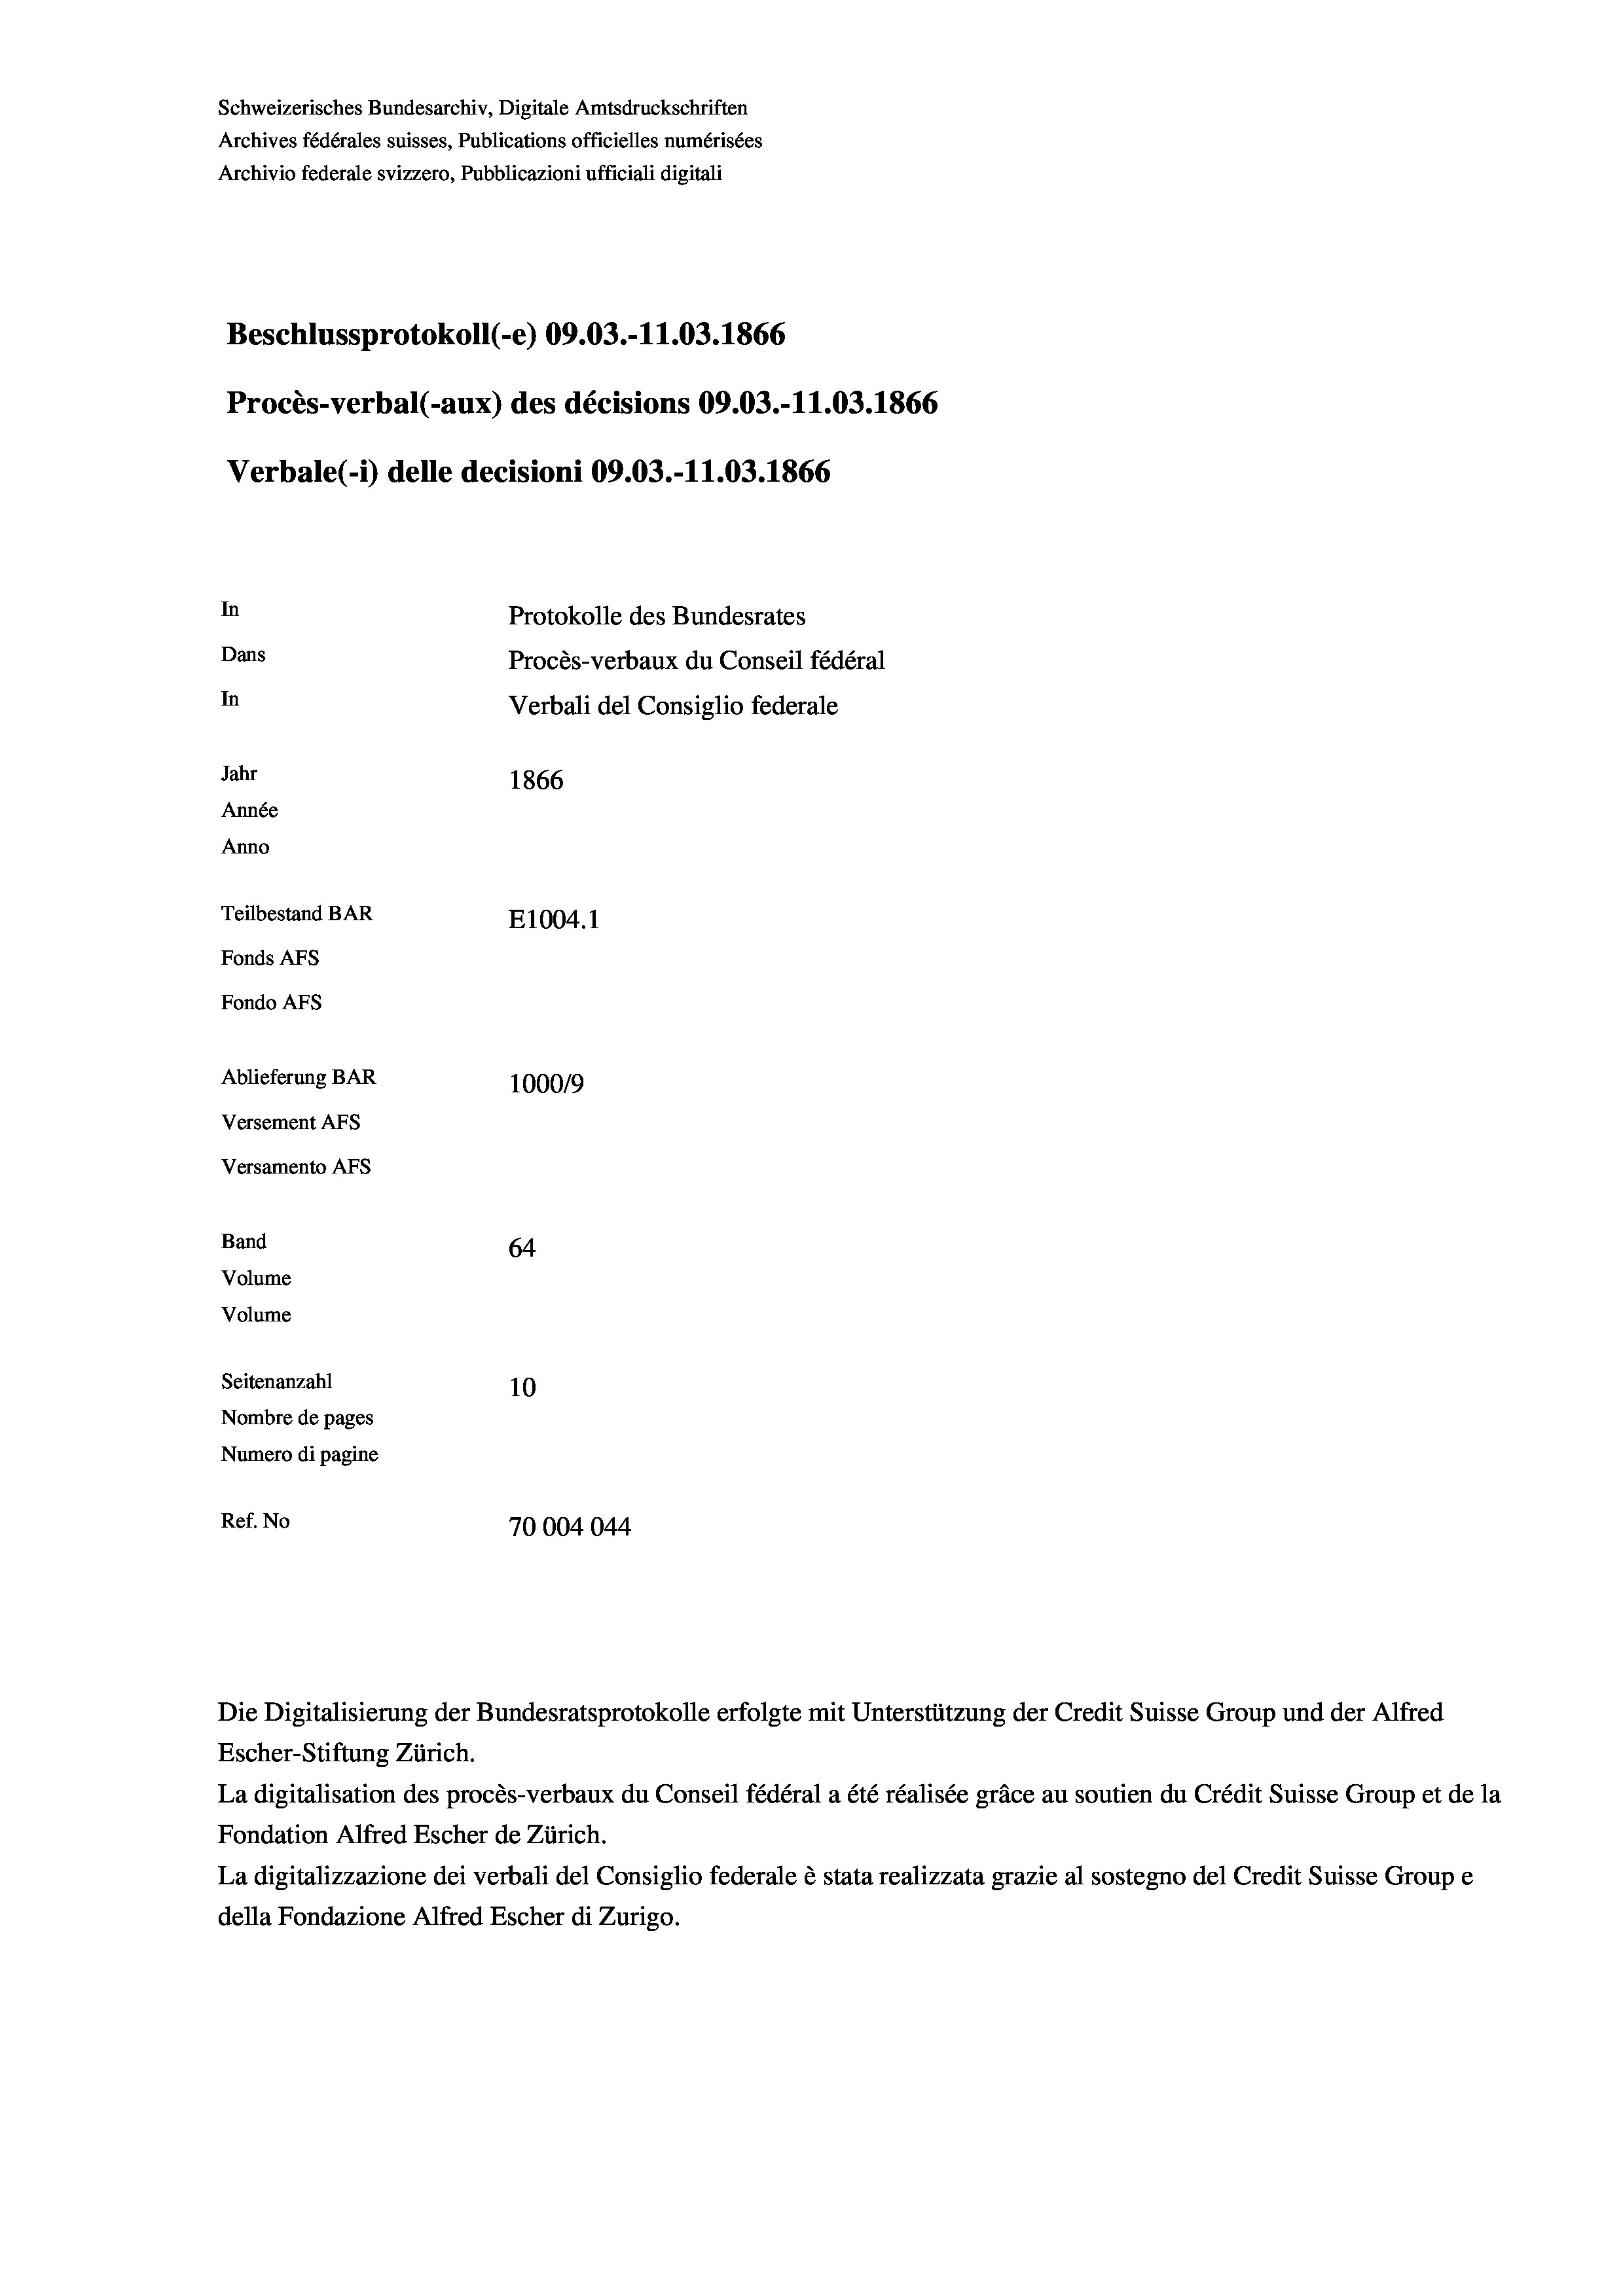
Schweizerisches Bundesarchiv, Digitale Amtsdruckschriften
Archives fédérales suisses, Publications officielles numérisées
Archivio federale svizzero, Pubblicazioni ufficiali digitali
Beschlussprotokoll (-e) 09.03.-11.03. 1866
Procès-verbal (-aux) des décisions 09.03.-11.03. 1866
Verbale(-*) delle decisioni 09.03.-11.03. 1866
In
Protokolle des Bundesrates
Dans
Procès-verbaux du Conseil fédéral
In
Verbali del Consiglio federale
Jahr
1866
Année
Anno
Teilbestand BAR
E1004.1
Fonds AFs
Fondo AFS
Ablieferung BAR
100019
Versement AFs
Versamento Afs

64
Volume
Seitenanzahl
10
Nombre de pages
Numero di pagine
Ref. No
70004044

Band
Volume

Die Digitalisierung der Bundesratsprotokolle erfolgte mit Unterstützung der Credit Suisse Group und der Alfred
Escher-Stiftung Zürich.
La digitalisation des procès-verbaux du Conseil fédéral a été réalisée gräce au soutien du Crédit Suisse Group et de la
Fondation Alfred Escher de Zürich.
La digitalizzazione dei verbali del Consiglio federale è stata realizzata grazie al sostegno del Credit Suisse Groupe
della Fondazione Alfred Escher di Zurigo.